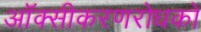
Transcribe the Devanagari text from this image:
ऑक्सीकरणरोधकों